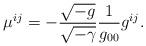
LaTeX: \begin{align*} \mu^{i j} = - \frac{\sqrt{-g}}{\sqrt{-\gamma}}\frac{1}{g_{0 0}} g^{i j}.\end{align*}